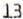
13